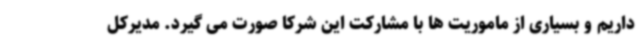
داریم و بسیاری از ماموریت ها با مشارکت این شرکا صورت می گیرد. مدیرکل